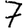
Digit: 7